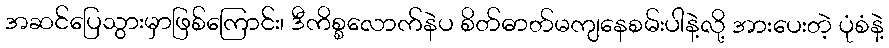
အဆင်ပြေသွားမှာဖြစ်ကြောင်း၊ ဒီကိစ္စလောက်နဲပ စိတ်ဓာတ်မကျနေစမ်းပါနဲ့လို့ အားပေးတဲ့ ပုံစံနဲ့